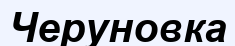
Черуновка